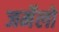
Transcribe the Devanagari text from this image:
जर्मेलो